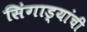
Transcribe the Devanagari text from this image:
सिंगाड्यांची